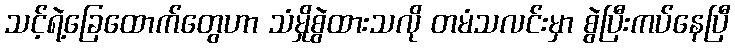
သင့်ရဲ့ခြေထောက်တွေဟာ သံမှိုစွဲထားသလို တမံသလင်းမှာ စွဲပြီးကပ်နေပြီ